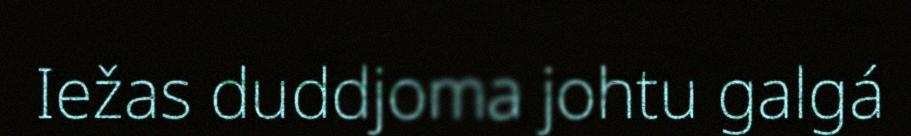
Iežas duddjoma johtu galgá